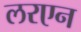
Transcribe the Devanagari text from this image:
लरएन